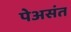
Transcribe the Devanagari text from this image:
पेअसंत